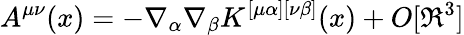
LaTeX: A^{\mu\nu}(x)=-\nabla_{\alpha}\nabla_{\beta}K^{[\mu\alpha][\nu\beta]}(x)+O[\Re^{3}]